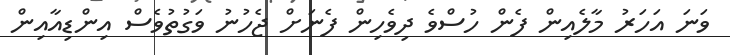
ވަނަ އަހަރު މާލެއިން ފެން ހުސްވެ ދިވެހިން ފެނަށް ޖެހުނު ވަގުތުވެސް އިންޑިއާއިން